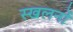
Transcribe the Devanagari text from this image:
स्खलनों